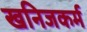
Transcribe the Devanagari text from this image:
खनिजकर्म